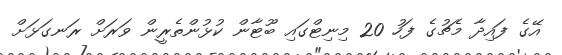
އޭގެ ފައިދާ މެޗުގެ ފަހު 20 މިނިޓްގައި ބޫޓާން ކުޅުންތެރީން ވަރަށް ރަނގަޅަށް